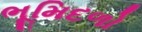
ભૂમિદળો